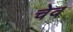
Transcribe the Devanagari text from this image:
चेव